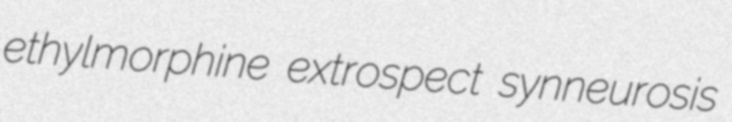
ethylmorphine extrospect synneurosis